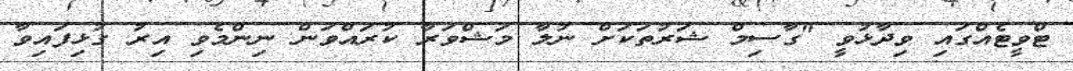
ޓްވީޓެއްގައި ވިދާޅުވީ "ގާސިމް ޝަރުތަކަށް ނުލާ މަޝްވަރާ ކުރައްވަން ނިންމެވި އިރު ގުޅިފައިވާ